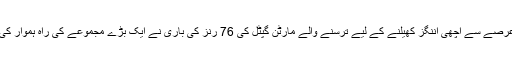
عرصے سے اچھی اننگز کھیلنے کے لیے ترسنے والے مارٹن گپٹل کی 76 رنز کی باری نے ایک بڑے مجموعے کی راہ ہموار کی۔